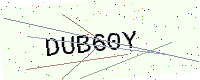
Text: DUB60Y